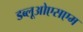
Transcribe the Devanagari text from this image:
डब्लूओएसएम